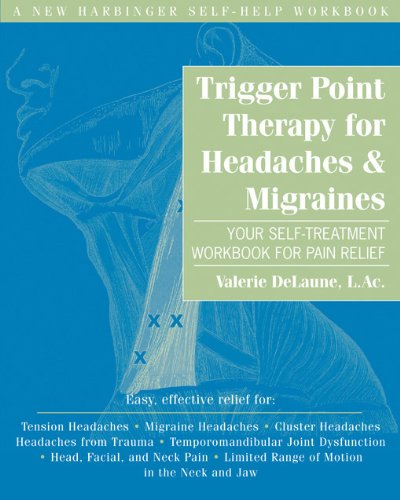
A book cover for Trigger Point Therapy for Headaches and Migraines: Your Self -Treatment Workbook for Pain Relief; Valerie DeLaune LAc; Health, Fitness & Dieting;